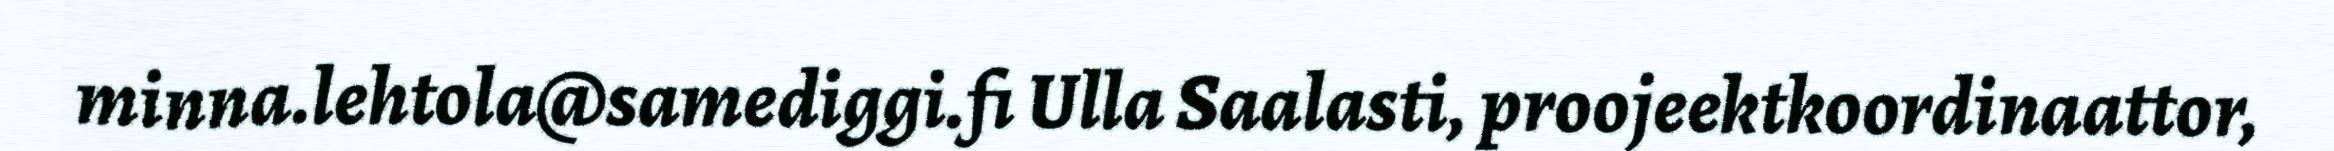
minna.lehtola@samediggi.fi Ulla Saalasti, proojeektkoordinaattor,